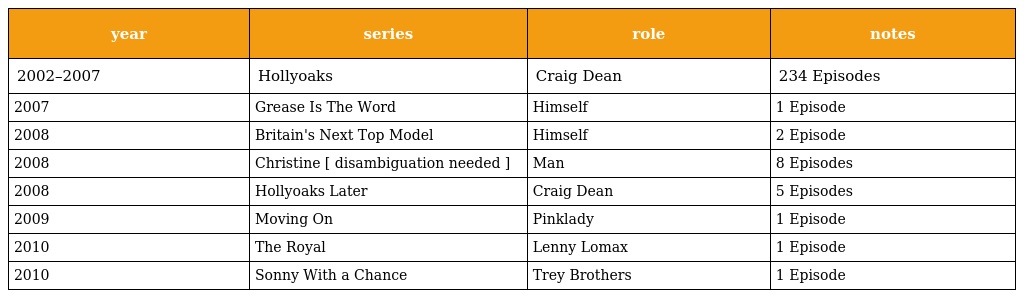
| year | series | role | notes |
 | --- | --- | --- | --- |
 | 2002–2007 | Hollyoaks | Craig Dean | 234 Episodes |
 | 2007 | Grease Is The Word | Himself | 1 Episode |
 | 2008 | Britain's Next Top Model | Himself | 2 Episode |
 | 2008 | Christine [ disambiguation needed ] | Man | 8 Episodes |
 | 2008 | Hollyoaks Later | Craig Dean | 5 Episodes |
 | 2009 | Moving On | Pinklady | 1 Episode |
 | 2010 | The Royal | Lenny Lomax | 1 Episode |
 | 2010 | Sonny With a Chance | Trey Brothers | 1 Episode |